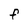
Character: F